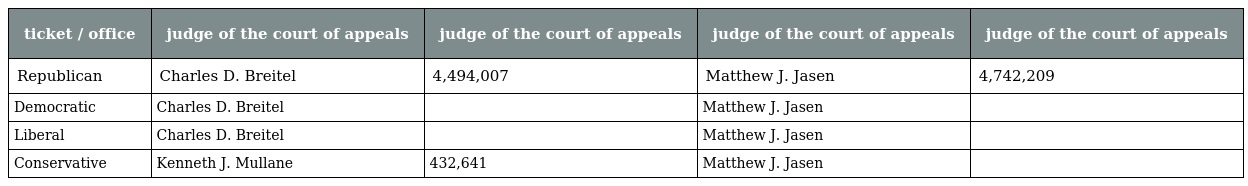
| ticket / office | judge of the court of appeals | judge of the court of appeals | judge of the court of appeals | judge of the court of appeals |
 | --- | --- | --- | --- | --- |
 | Republican | Charles D. Breitel | 4,494,007 | Matthew J. Jasen | 4,742,209 |
 | Democratic | Charles D. Breitel |  | Matthew J. Jasen |  |
 | Liberal | Charles D. Breitel |  | Matthew J. Jasen |  |
 | Conservative | Kenneth J. Mullane | 432,641 | Matthew J. Jasen |  |